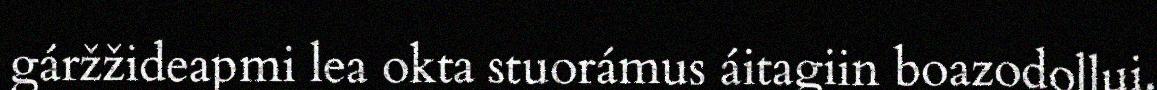
gáržžideapmi lea okta stuorámus áitagiin boazodollui.